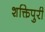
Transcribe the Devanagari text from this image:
शक्तिपुरी